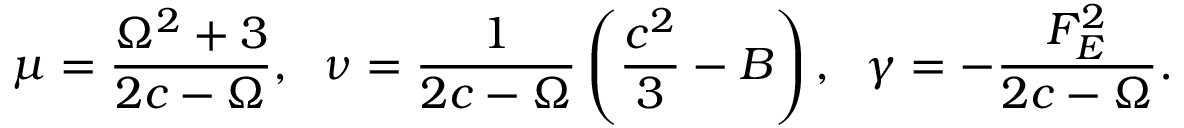
\mu = \frac { \Omega ^ { 2 } + 3 } { 2 c - \Omega } , \; \ \nu = \frac { 1 } { 2 c - \Omega } \left( \frac { c ^ { 2 } } { 3 } - B \right) , \; \ \gamma = - \frac { F _ { E } ^ { 2 } } { 2 c - \Omega } .